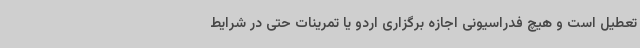
تعطیل است و هیچ فدراسیونی اجازه برگزاری اردو یا تمرینات حتی در شرایط